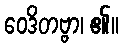
ဝေဒိတဗ္ဗာ၊ ၏။